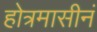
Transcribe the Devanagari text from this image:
होत्रमासीनं